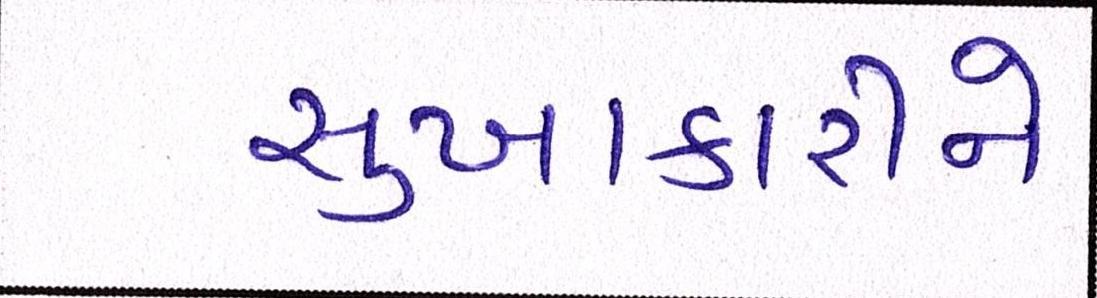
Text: સુખાકારીને